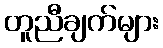
တူညီချက်များ